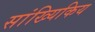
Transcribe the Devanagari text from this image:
सांख्यिकिय